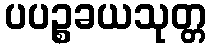
ပပဉ္စခယသုတ္တ